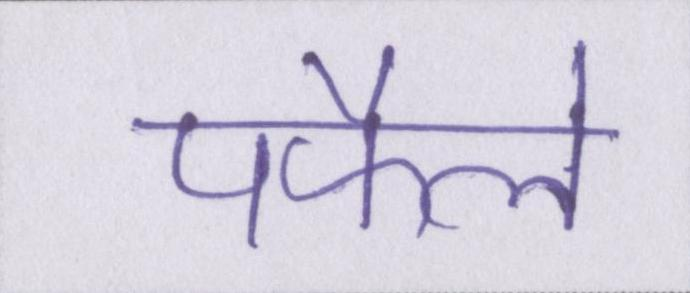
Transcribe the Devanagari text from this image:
पफैले